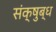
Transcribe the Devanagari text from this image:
संक्षुब्ध